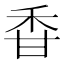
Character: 𥞌